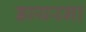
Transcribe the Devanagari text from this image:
डायरना